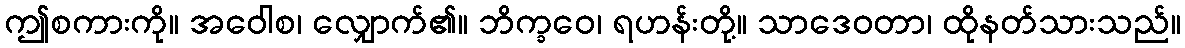
ဤစကားကို။ အဝေါစ၊ လျှောက်၏။ ဘိက္ခဝေ၊ ရဟန်းတို့။ သာဒေဝတာ၊ ထိုနတ်သားသည်။